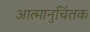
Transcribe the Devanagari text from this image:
आत्मानुचिंतक